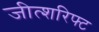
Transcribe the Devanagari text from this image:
जीत्शरिफ्ट